Punjab Mental Hospital Lahore 1922-31 - 1922-1931
Year: 1922
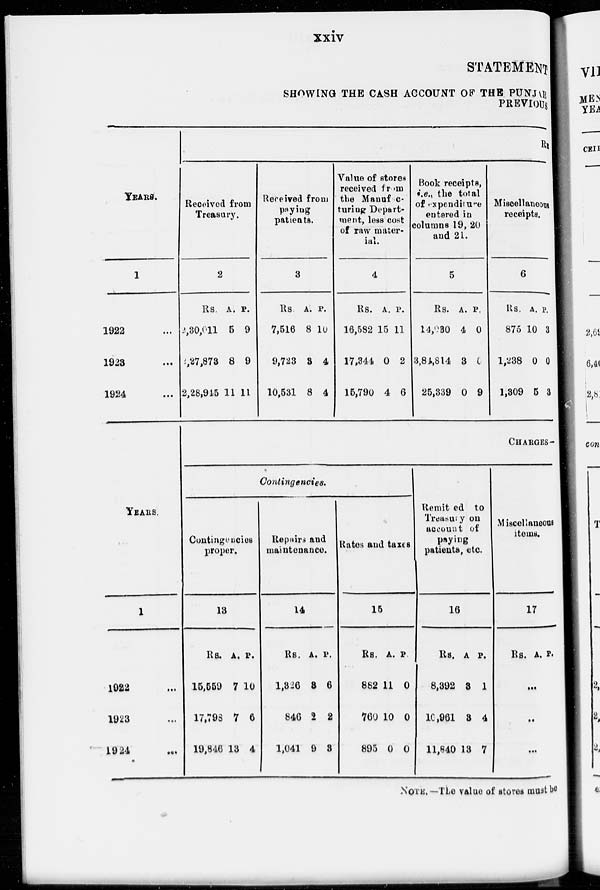
xxiv
STATEMENT
SHOWING THE CASH ACCOUNT OF THE PUNJAB
PREVIOUS
YEARS.
1
1922 ...
1923 ...
1924 ...
YEARS.
1
1922 ...
1923 ...
1924 ...
RE
Received from
Treasury.
2
Rs.
2,30,011
2,27,873
2,28,945
A.
5
8
11
P.
9
9
11
Received from
paying
patients.
3
Rs.
7,516
9,723
10,531
A.
8
8
8
P.
10
4
4
Value of stores
received from
the Ma n u f a c t u r i n g De p a r t me n t , less cost
of raw mater-
ial.
4
Rs.
16,582
17,344
15,790
A.
15
0
4
P.
11
2
6
Book receipts,
i.e., the total
of expenditure
entered in
columns 19, 20
and 21.
5
Rs.
14,930
3,84,814
25,339
A.
4
3
0
P.
0
0
9
Miscellaneous
receipts.
6
Rs.
875
1,238
1,309
A.
10
0
5
P.
3
0
3
CHARGES-
Contingencies.
Contingencies
proper.
13
Rs.
15,559
17,798
19,846
A.
7
7
13
P.
10
6
4
Repairs and
maintenance.
14
Rs.
1,326
846
1,041
A.
8
2
9
P.
6
2
3
Rates and taxes
15
Rs.
882
760
895
A.
11
10
0
P.
0
0
0
Remitted to
Treasury on
account of
paying
patients, etc.
16
Rs.
8,392
10,961
11,840
A.
3
3
13
P.
1
4
7
Miscellaneous
items.
17
Rs. A. P.
...
...
...
NOTE.—The value of stores must be